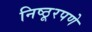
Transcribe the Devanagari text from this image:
निष्ठूरपणे